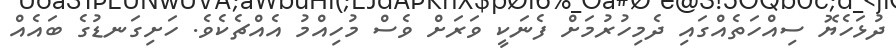
ދުޅަހެޔޮ ސިއްހަތެއްގައި ދެމިހުރުމަށް ފެނަކީ ވަރަށް ވެސް މުހިއްމު އެއްޗެކެވެ. ހަށިގަނޑުގެ ބައެއް